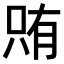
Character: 𫪫